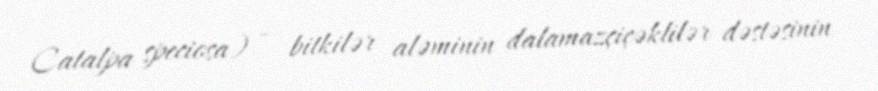
Catalpa speciosa) — bitkilər aləminin dalamazçiçəklilər dəstəsinin